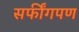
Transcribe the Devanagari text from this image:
सर्फींगपण